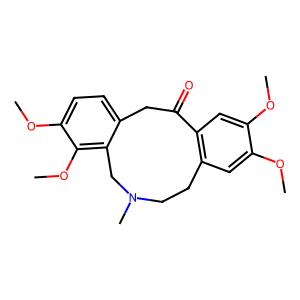
SMILES: COc1cc2c(cc1OC)C(=O)Cc1ccc(OC)c(OC)c1CN(C)CC2
Inhibits HIV replication: No